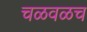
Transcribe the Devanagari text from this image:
चळवळच